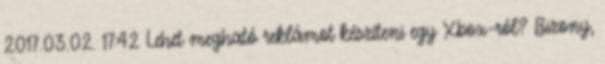
2017.03.02. 17:42 Lehet megható reklámot készíteni egy Xbox-ról? Bizony,